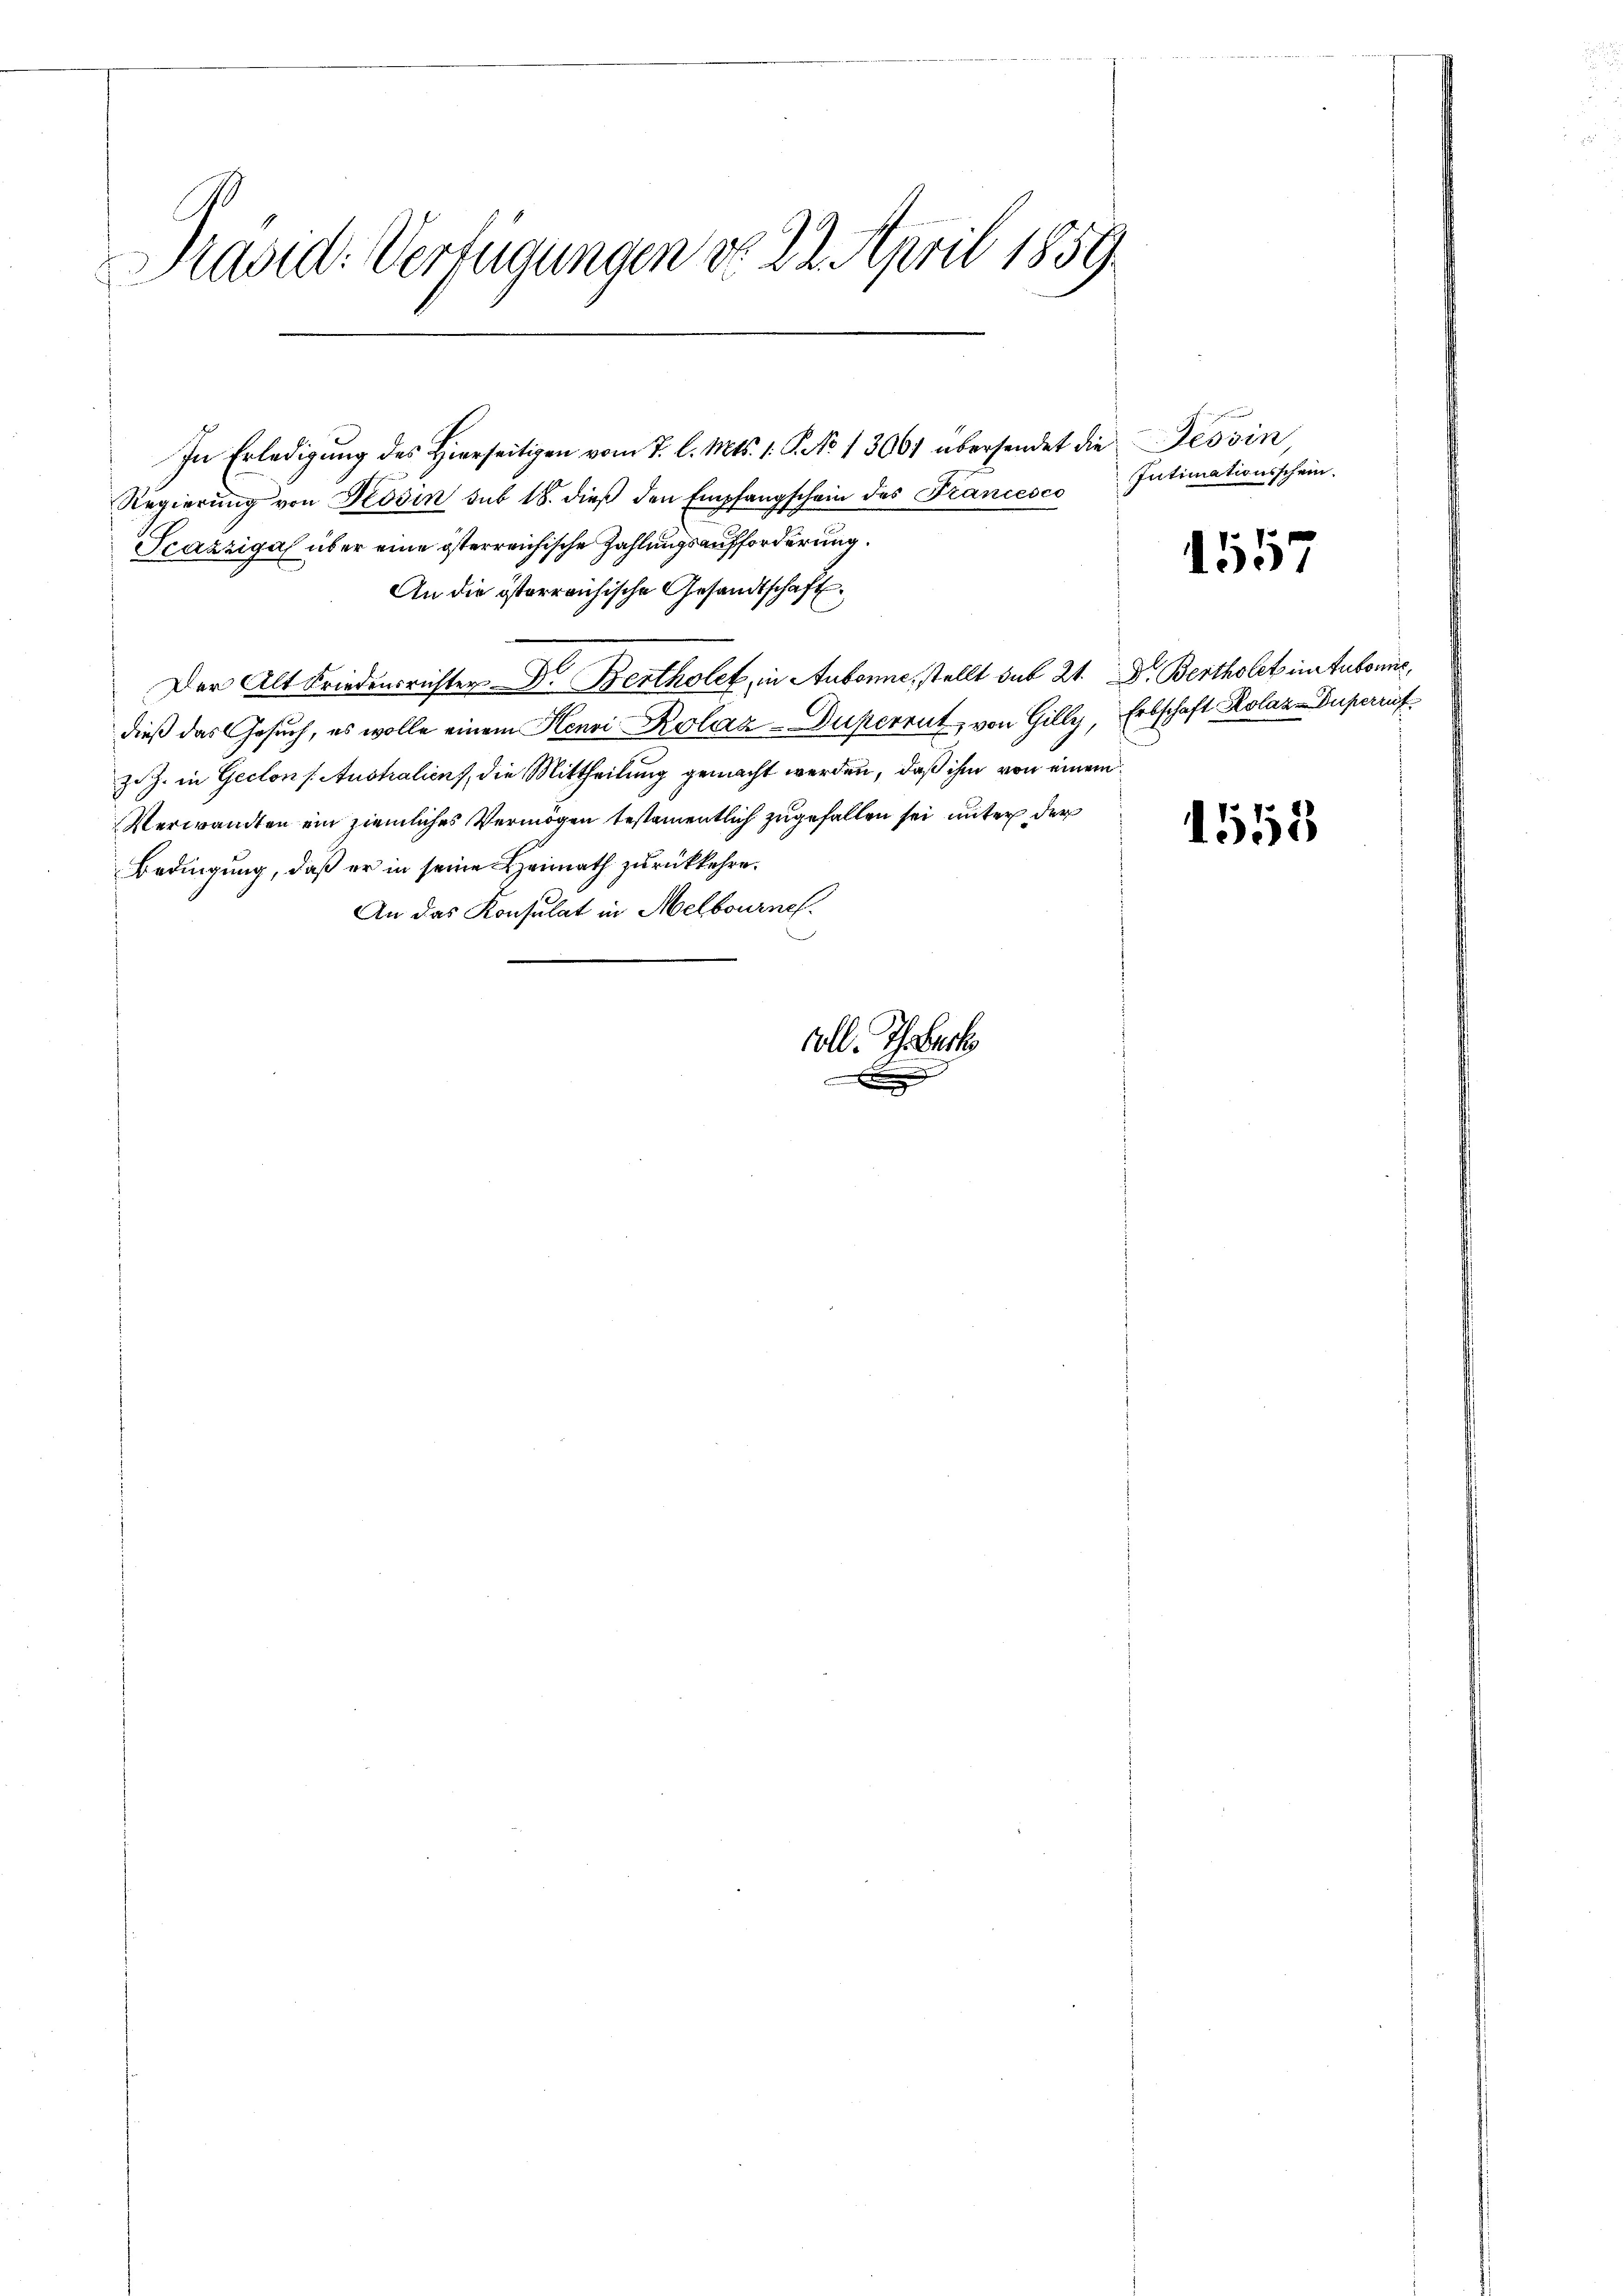
Prasid: Verfügungen do 22. April 1859

In Erledigung des Hierseitigen vom 7. l. Mts. 1. P. No 13001 übersendet die Tessin,
Regierŭng von Rosin sub 18. dieβ den Empfangschein des Francesco
Tcazziga über eine österreichische Zahlungsaufforderung.
An die österreichische Gesandtschaft.
Der Alt Friedensrichter Dr. Bertholet, in Aubonne, stellt sub 21. Dr. Bertholet in Tubonis,
dieß das Gesuch, es wolle einem Henri Rolaa-Duperent, von Gilly, Erbschaft Kolazuperruf
zi J. in Geclon (Australien, die Mittheilung gemacht werden, daß ihm von einem
Verwandten ein ziemliches Vermögen testamentlich zugefallen sei unter der
Bedingung, daß er in seine Heimath zurückkehre.
An das Konsulat in Melbourne

soll. Th. Beck

E

Intimationsschein.

1557

1558